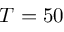
T = 5 0